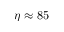
\eta \approx 8 5